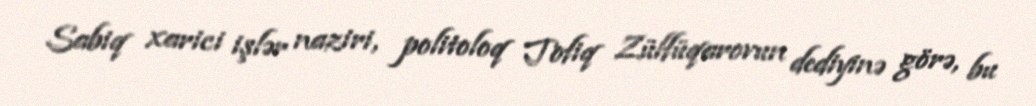
Sabiq xarici işlər naziri, politoloq Tofiq Zülfüqarovun dediyinə görə, bu